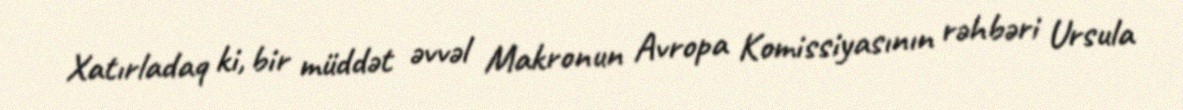
Xatırladaq ki, bir müddət əvvəl Makronun Avropa Komissiyasının rəhbəri Ursula